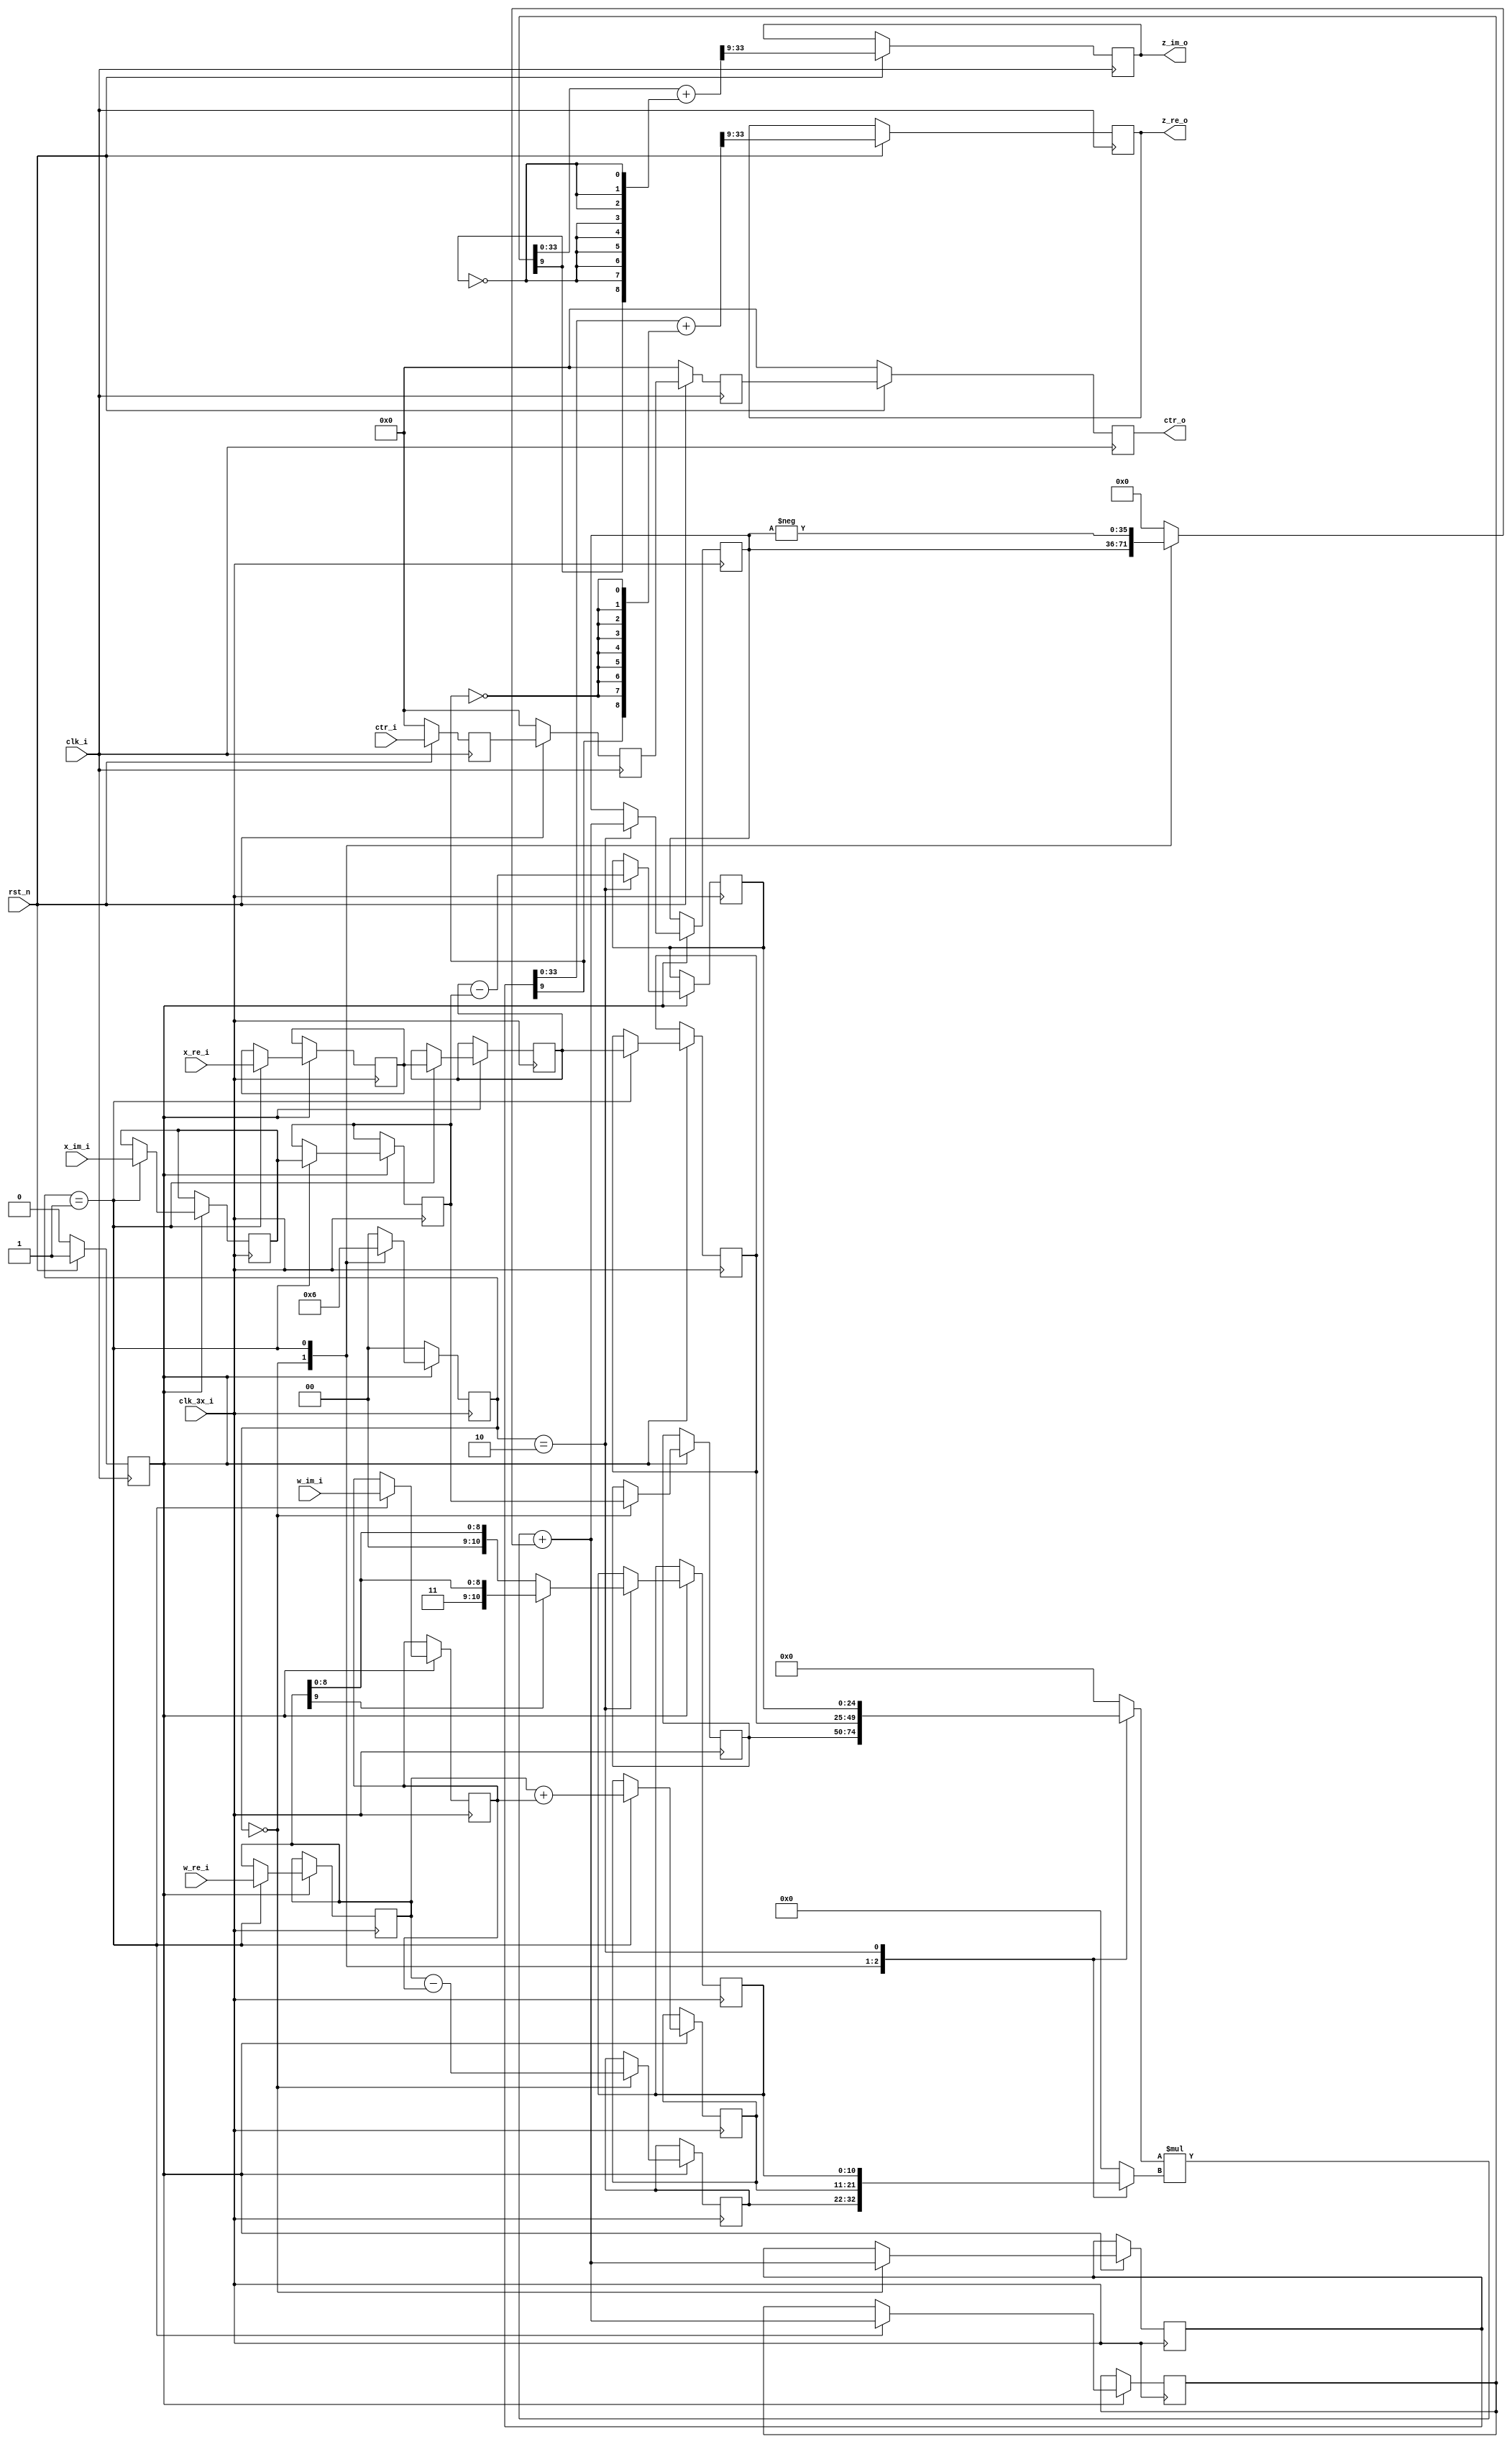
module fft_r22sdf_wm #(
   parameter DATA_WIDTH    = 25,
   parameter TWIDDLE_WIDTH = 10,
   parameter FFT_N         = 1024,
   parameter NLOG2         = 10
) (
   input wire                            clk_i,
   input wire                            rst_n,
   input wire                            clk_3x_i,
   input wire [NLOG2-1:0]                ctr_i,
   output reg [NLOG2-1:0]                ctr_o,
   input wire signed [DATA_WIDTH-1:0]    x_re_i,
   input wire signed [DATA_WIDTH-1:0]    x_im_i,
   input wire signed [TWIDDLE_WIDTH-1:0] w_re_i,
   input wire signed [TWIDDLE_WIDTH-1:0] w_im_i,
   output reg signed [DATA_WIDTH-1:0]    z_re_o,
   output reg signed [DATA_WIDTH-1:0]    z_im_o
);

   localparam A_DATA_WIDTH = DATA_WIDTH;
   localparam B_DATA_WIDTH = TWIDDLE_WIDTH + 1;
   localparam C_DATA_WIDTH = DATA_WIDTH + TWIDDLE_WIDTH + 1;
   localparam P_DATA_WIDTH = DATA_WIDTH + TWIDDLE_WIDTH + 1;

   function [B_DATA_WIDTH-1:0] sign_extend_b(input [TWIDDLE_WIDTH-1:0] expr);
      sign_extend_b = (expr[TWIDDLE_WIDTH-1] == 1'b1) ? {{B_DATA_WIDTH-TWIDDLE_WIDTH{1'b1}}, expr}
                      : {{B_DATA_WIDTH-TWIDDLE_WIDTH{1'b0}}, expr};
   endfunction

   /**
    * Use the karatsuba algorithm to use 3 multiplies instead of 4.
    *
    * R+iI = (a+ib) * (c+id)
    *
    * e = a-b
    * f = c*e
    * R = b(c-d)+f
    * I = a(c+d)-f
    */
   // compute multiplies in stages to share DSP.
   reg [1:0]                             mul_state;
   reg signed [DATA_WIDTH+TWIDDLE_WIDTH:0] kar_f;
   reg signed [DATA_WIDTH+TWIDDLE_WIDTH:0] kar_r;
   reg signed [DATA_WIDTH+TWIDDLE_WIDTH:0] kar_i;

   reg signed [DATA_WIDTH-1:0] x_re_reg;
   reg signed [DATA_WIDTH-1:0] x_im_reg;
   reg signed [DATA_WIDTH-1:0] x_re_reg2;
   reg signed [DATA_WIDTH-1:0] x_im_reg2;
   reg signed [TWIDDLE_WIDTH-1:0] w_re_reg;
   reg signed [TWIDDLE_WIDTH-1:0] w_im_reg;

   reg signed [DATA_WIDTH-1:0] a0_reg;
   reg signed [TWIDDLE_WIDTH:0] b0_reg;
   reg signed [DATA_WIDTH-1:0] a1_reg;
   reg signed [TWIDDLE_WIDTH:0] b1_reg;
   reg signed [DATA_WIDTH-1:0] a2_reg;
   reg signed [TWIDDLE_WIDTH:0] b2_reg;

   // `mul_state_start' ensures that `mul_state' is not dependent on
   // when `rst_n' is released.
   reg                            mul_state_start;
   always @(posedge clk_i) begin
      if (!rst_n)
        mul_state_start <= 1'b0;
      else
        mul_state_start <= 1'b1;
   end

   always @(posedge clk_3x_i) begin
      if (!mul_state_start) begin
         mul_state <= 2'd0;
      end else begin
         case (mul_state)
         2'd0:
           begin
              kar_r     <= p_dsp;
              mul_state <= 2'd1;

              a0_reg <= x_im_reg2;
              b0_reg <= w_re_reg - w_im_reg;
           end
         2'd1:
           begin
              kar_i     <= p_dsp;
              mul_state <= 2'd2;
              // updating the regs on `mul_state==2'd1' ensures that
              // `kar_i' is not set before `kar_f'.
              x_re_reg  <= x_re_i;
              x_re_reg2 <= x_re_reg;
              x_im_reg  <= x_im_i;
              x_im_reg2 <= x_im_reg;
              w_re_reg  <= w_re_i;
              w_im_reg  <= w_im_i;

              a1_reg <= x_re_reg2;
              b1_reg <= w_re_reg + w_im_reg;
           end
         2'd2:
           begin
              kar_f     <= p_dsp;
              mul_state <= 2'd0;

              a2_reg <= x_re_reg2 - x_im_reg2;
              b2_reg <= sign_extend_b(w_re_reg);
           end
         default:
           begin
              mul_state <= 2'd0;
           end
         endcase
      end
   end

   reg signed [DATA_WIDTH-1:0] a_dsp;
   reg signed [TWIDDLE_WIDTH:0] b_dsp;
   reg signed [DATA_WIDTH+TWIDDLE_WIDTH:0] c_dsp;
   wire signed [DATA_WIDTH+TWIDDLE_WIDTH:0] p_dsp;

   always @(*) begin
      case (mul_state)
      2'd0:
        begin
           a_dsp = a0_reg;
           b_dsp = b0_reg;
           c_dsp = kar_f;
        end
      2'd1:
        begin
           a_dsp = a1_reg;
           b_dsp = b1_reg;
           c_dsp = -kar_f;
        end
      2'd2:
        begin
           a_dsp = a2_reg;
           b_dsp = b2_reg;
           c_dsp = {DATA_WIDTH+TWIDDLE_WIDTH+1{1'b0}};
        end
      default:
        begin
           a_dsp = {DATA_WIDTH{1'b0}};
           b_dsp = {TWIDDLE_WIDTH+1{1'b0}};
           c_dsp = {DATA_WIDTH+TWIDDLE_WIDTH+1{1'b0}};
        end
      endcase
   end

   assign p_dsp = (a_dsp * b_dsp) + c_dsp;

   parameter INTERNAL_WIDTH = DATA_WIDTH+TWIDDLE_WIDTH;
   parameter INTERNAL_MIN_MSB = INTERNAL_WIDTH - 1;

   function [INTERNAL_MIN_MSB-1:0] drop_msb_bits(input [INTERNAL_WIDTH:0] expr);
      drop_msb_bits = expr[INTERNAL_MIN_MSB-1:0];
   endfunction

   function [INTERNAL_MIN_MSB-1:0] round_convergent(input [INTERNAL_MIN_MSB-1:0] expr);
      round_convergent = expr + {{DATA_WIDTH{1'b0}},
                                 expr[INTERNAL_MIN_MSB-DATA_WIDTH],
                                 {INTERNAL_MIN_MSB-DATA_WIDTH-1{!expr[INTERNAL_MIN_MSB-DATA_WIDTH]}}};
   endfunction

   function [DATA_WIDTH-1:0] trunc_to_out(input [INTERNAL_MIN_MSB-1:0] expr);
      trunc_to_out = expr[INTERNAL_MIN_MSB-1:INTERNAL_MIN_MSB-DATA_WIDTH];
   endfunction

   reg [NLOG2-1:0] ctr_reg;
   reg [NLOG2-1:0] ctr_reg2;
   reg [NLOG2-1:0] ctr_reg3;
   always @(posedge clk_i) begin
      if (!rst_n) begin
         ctr_reg  <= {NLOG2{1'b0}};
         ctr_reg2 <= {NLOG2{1'b0}};
         ctr_reg3 <= {NLOG2{1'b0}};
         ctr_o    <= {NLOG2{1'b0}};
      end else begin
         ctr_reg  <= ctr_i;
         ctr_reg2 <= ctr_reg;
         ctr_reg3 <= ctr_reg2;
         ctr_o    <= ctr_reg3;

         // TODO verify that dropping msb is ok

         // safe to ignore the msb since the greatest possible
         // absolute twiddle value is 2^(TWIDDLE_WIDTH-1)
         z_re_o   <= trunc_to_out(round_convergent(drop_msb_bits(kar_r)));
         z_im_o   <= trunc_to_out(round_convergent(drop_msb_bits(kar_i)));

         // simple truncation for comparison
         // z_re_o   <= kar_r[DATA_WIDTH+TWIDDLE_WIDTH-2:TWIDDLE_WIDTH-1];
         // z_im_o   <= kar_i[DATA_WIDTH+TWIDDLE_WIDTH-2:TWIDDLE_WIDTH-1];
      end
   end

endmodule